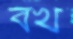
বখ